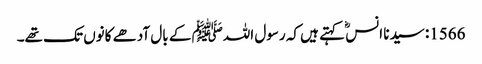
1566: سیدنا انسؓ کہتے ہیں کہ رسول اللہﷺ کے بال آدھے کانوں تک تھے۔